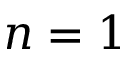
n = 1